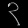
Digit: ၃